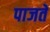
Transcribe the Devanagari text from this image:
पाजते